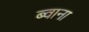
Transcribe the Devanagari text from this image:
ब्वाना